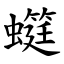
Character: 䗴